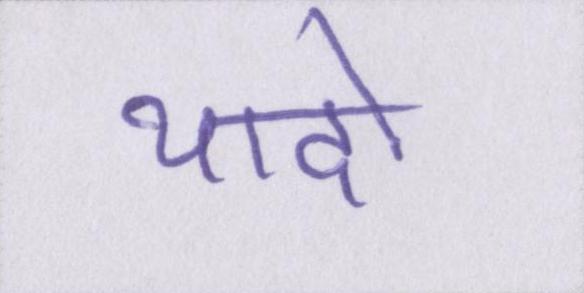
यादो